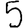
Digit: 5